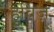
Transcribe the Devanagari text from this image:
हुर्विज़